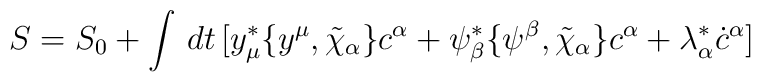
S=S_0+\int\,dt\,[y^*_\mu\{y^\mu,\tilde\chi_\alpha\}c^\alpha+\psi^*_\beta\{\psi^\beta,\tilde\chi_\alpha\}c^\alpha+\lambda^*_\alpha\dot c^\alpha]